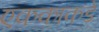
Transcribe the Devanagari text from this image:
एककाकडे